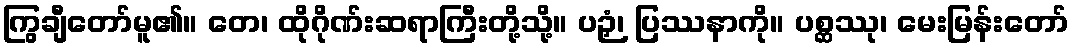
ကြွချီတော်မူ၏။ တေ၊ ထိုဂိုဏ်းဆရာကြီးတို့သို့။ ပဉှံ၊ ပြဿနာကို။ ပစ္ဆဿု၊ မေးမြန်းတော်